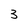
Character: 3